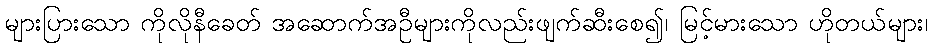
များပြားသော ကိုလိုနီခေတ် အဆောက်အဦများကိုလည်းဖျက်ဆီးစေ၍၊ မြင့်မားသော ဟိုတယ်များ၊